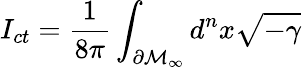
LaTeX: I_{ct}=\frac 1{8\pi}\int_{\partial\mathcal{M}_{\infty}}d^{n}x\sqrt{-\gamma}